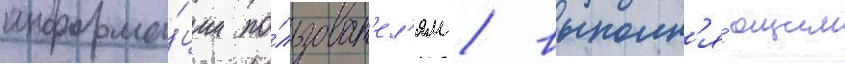
информа́ции по́льзоват'ел'ям / выполн'я́ющим